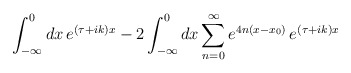
\begin{align*}\int_{-\infty}^{0} dx \,e^{(\tau+ik)x} -2\int_{-\infty}^{0} dx \sum_{n=0}^{\infty}e^{4n(x-x_{0})} \,e^{(\tau+ik)x}\end{align*}